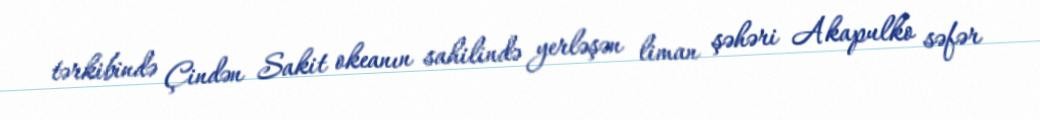
tərkibində Çindən Sakit okeanın sahilində yerləşən liman şəhəri Akapulko səfər